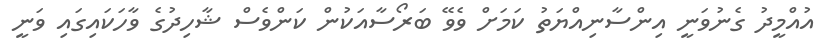
އުއްމީދު ގެނުވަނީ އިންސާނިއްޔަތު ކަމަށް ވެވޭ ބަރޯސާއަކުން ކަންވެސް ޝާހިދުގެ ވާހަކައިގައި ވަނީ